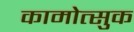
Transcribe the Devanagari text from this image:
कामोत्सुक